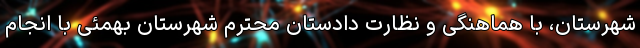
شهرستان، با هماهنگی و نظارت دادستان محترم شهرستان بهمئی با انجام